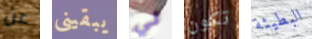
عن يبقيني لي تكون البطيئة